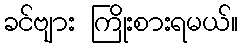
ခင်ဗျား ကြိုးစားရမယ်။